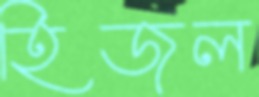
হিজল